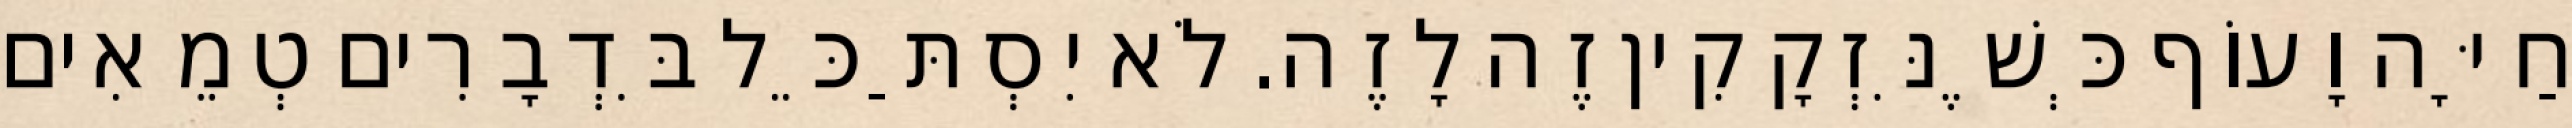
חַיָּה וָעוֹף כְּשֶׁנִּזְקָקִין זֶה לָזֶה. לֹא יִסְתַּכֵּל בִּדְבָרִים טְמֵאִים